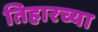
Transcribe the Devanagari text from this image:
तिहारच्या